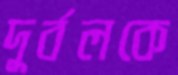
দুর্বলকে